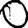
Digit: 0